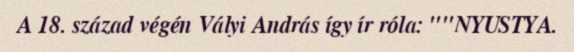
A 18. század végén Vályi András így ír róla: ""NYUSTYA.